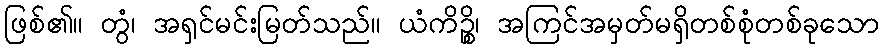
ဖြစ်၏။ တွံ၊ အရှင်မင်းမြတ်သည်။ ယံကိဉ္စိ၊ အကြင်အမှတ်မရှိတစ်စုံတစ်ခုသော